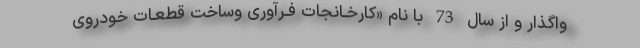
واگذار و از سال 73 با نام «كارخـانجات فـرآوری وساخت قطعـات خودروی